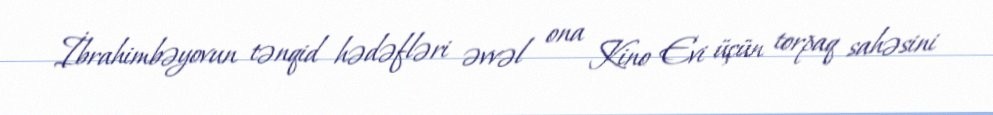
İbrahimbəyovun tənqid hədəfləri əvvəl ona Kino Evi üçün torpaq sahəsini